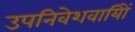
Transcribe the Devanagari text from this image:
उपनिवेशवायिों